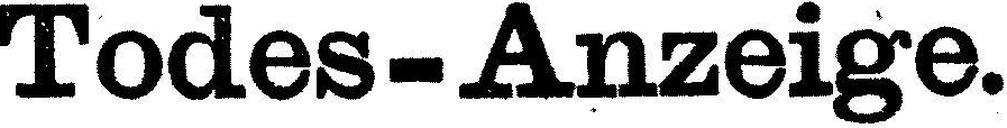
Todes-Anzeige.